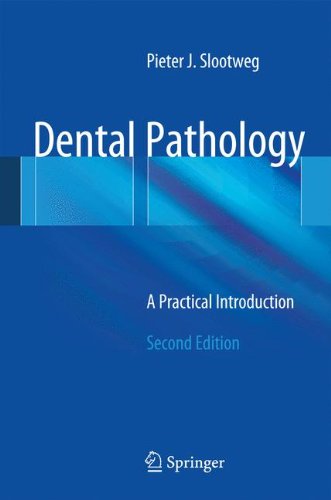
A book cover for Dental Pathology: A Practical Introduction; Pieter Slootweg; Medical Books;